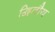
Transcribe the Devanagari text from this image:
द्वितौय